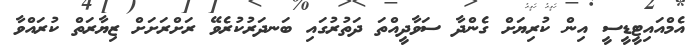
އެމްއައިޓީޑީސީ އިން ކުރިޔަށް ގެންދާ ސަވާދީއްތަ ދަތުރުގައި ބަނދަރުކުރެވޭ ރަށްރަށަށް ޒިޔާރަތް ކުރައްވާ